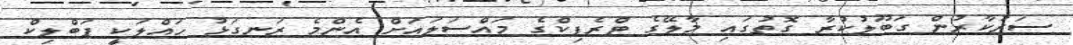
ސަރުކާރުން ގަބޫލުކުރާ ގޮތުގައި މާލޭގެ ޓްރެފިކްގެ މައްސަލައަށް އެންމެ ރަނގަޅު ހައްލަކީ ޕަބްލިކް